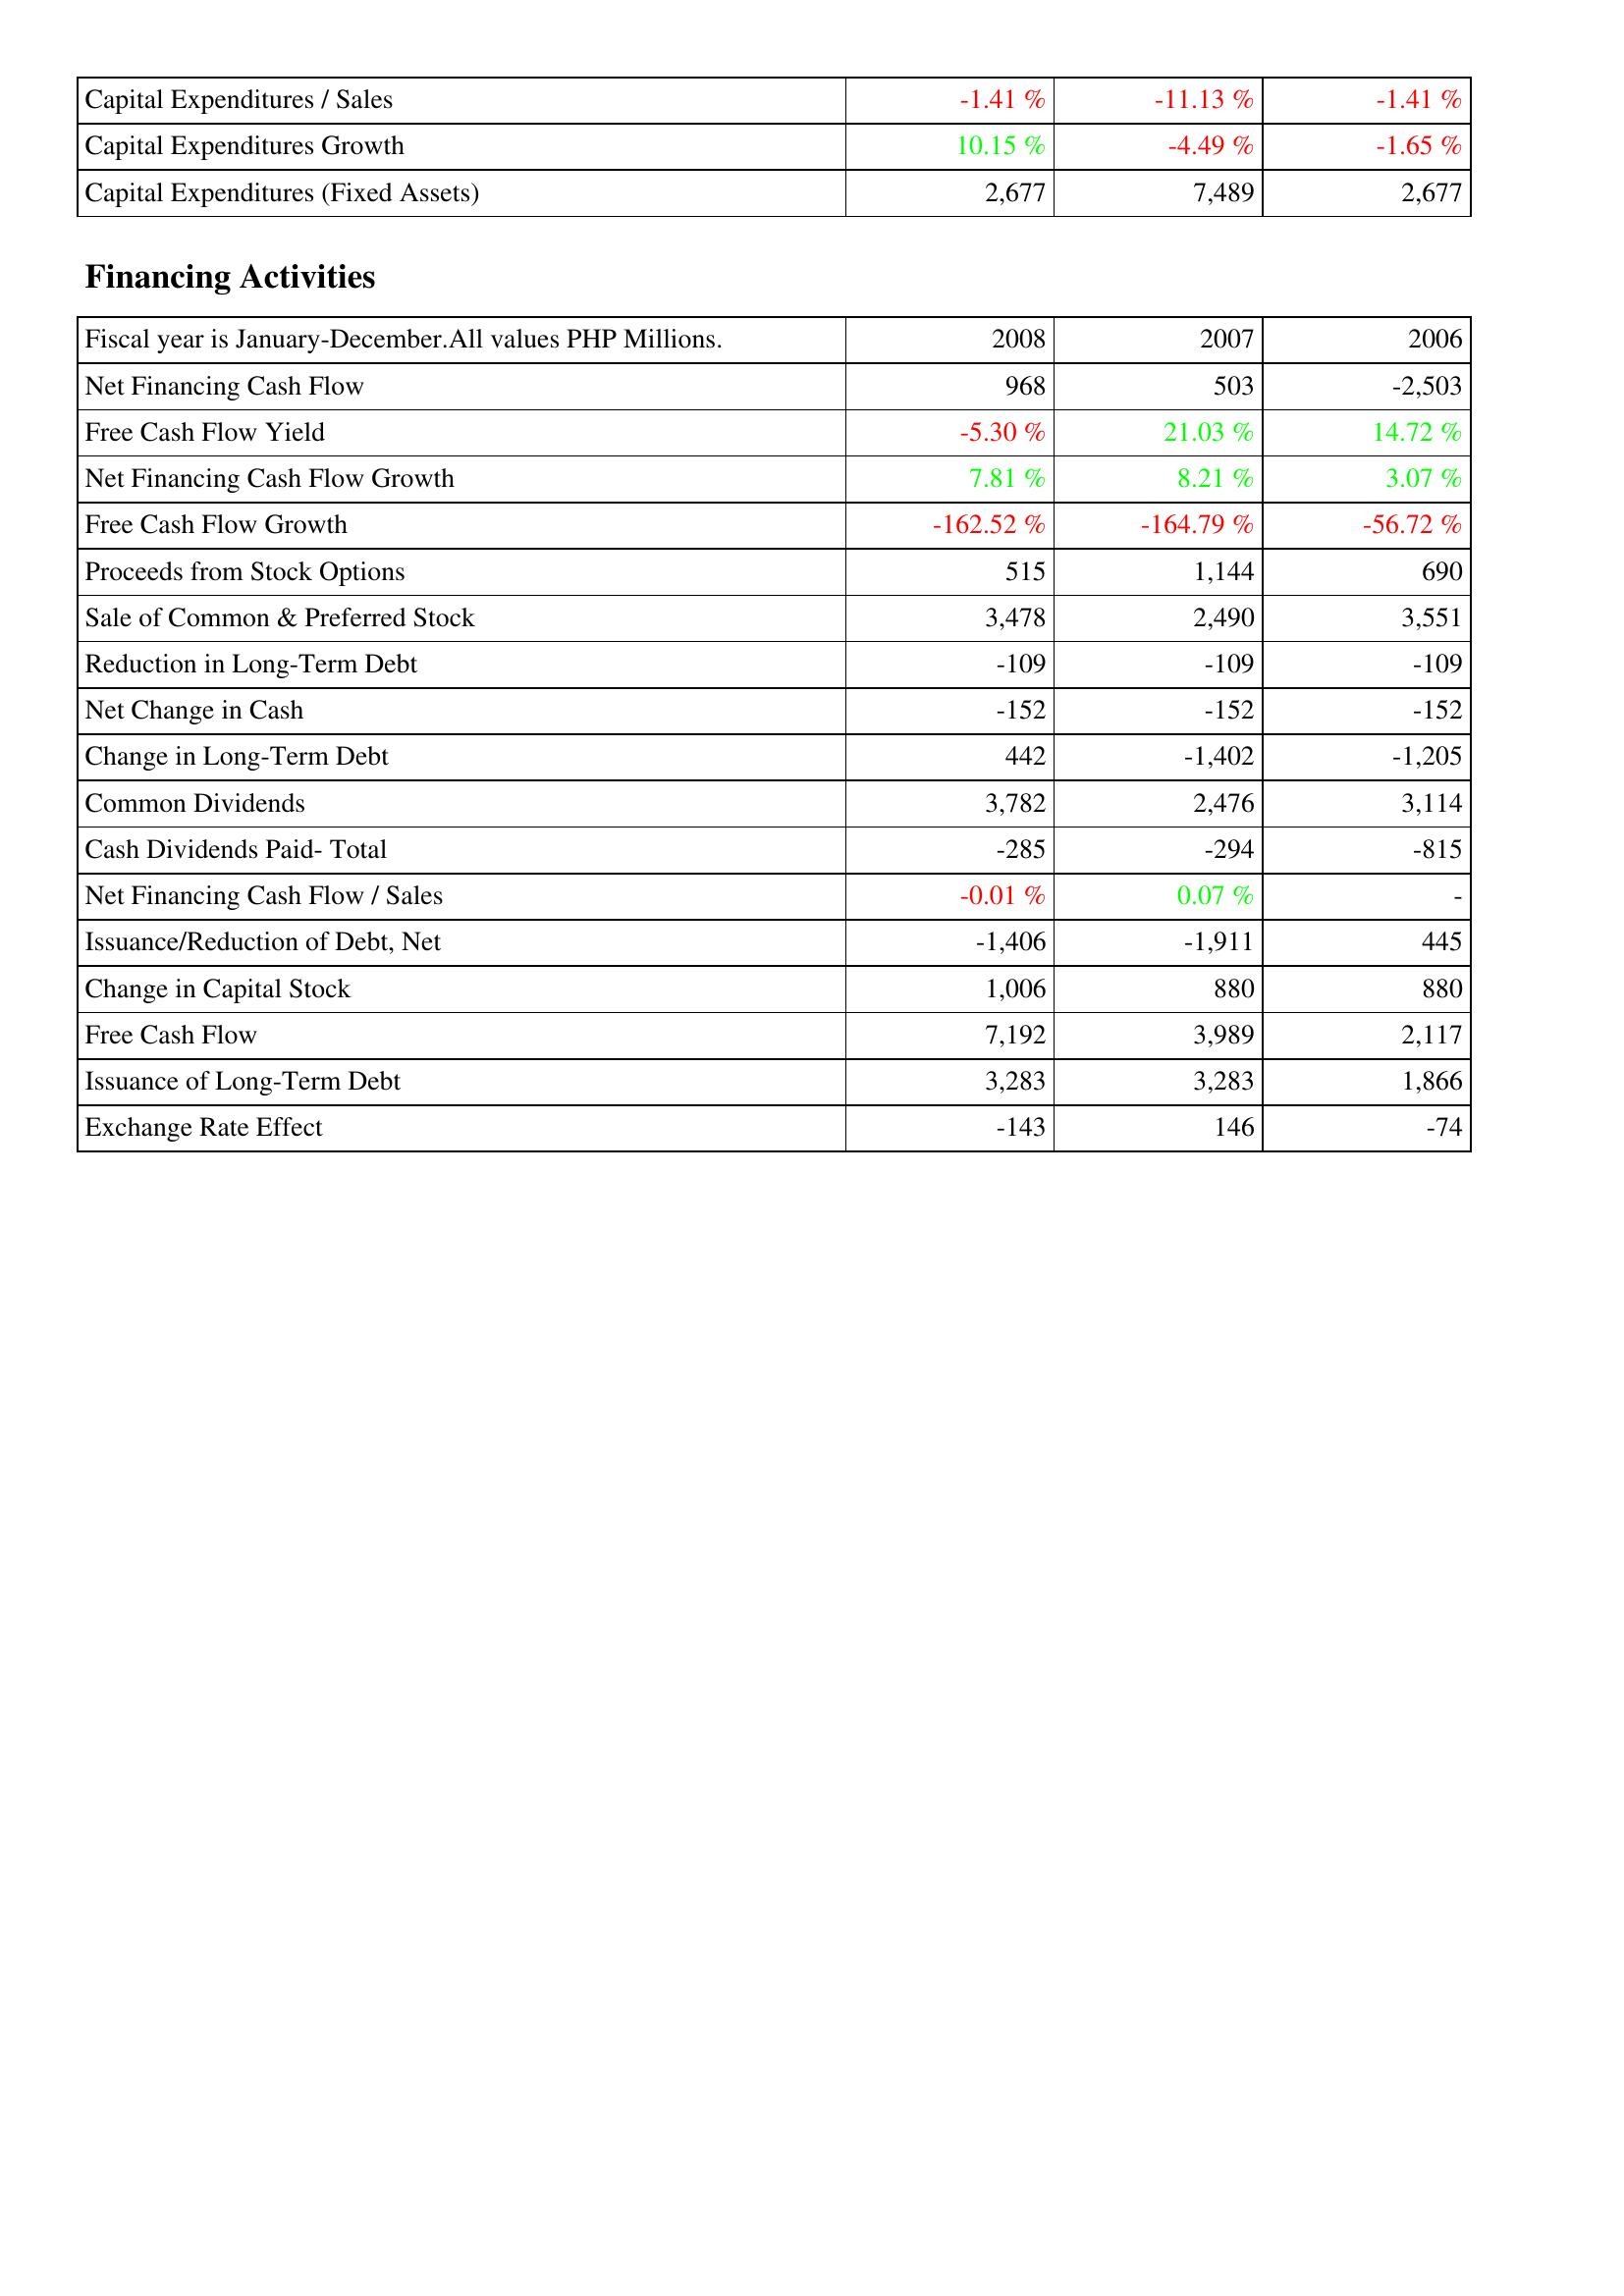
2008: Investing Activities: Capital Expenditures / Sales: -1.41 %
Capital Expenditures Growth: 10.15 %
Capital Expenditures (Fixed Assets): 2,677
Financing Activities: Net Financing Cash Flow: 968
Free Cash Flow Yield: -5.30 %
Net Financing Cash Flow Growth: 7.81 %
Free Cash Flow Growth: -162.52 %
Proceeds from Stock Options: 515
Sale of Common & Preferred Stock: 3,478
Reduction in Long-Term Debt: -109
Net Change in Cash: -152
Change in Long-Term Debt: 442
Common Dividends: 3,782
Cash Dividends Paid- Total: -285
Net Financing Cash Flow / Sales: -0.01 %
Issuance/Reduction of Debt, Net: -1,406
Change in Capital Stock: 1,006
Free Cash Flow: 7,192
Issuance of Long-Term Debt: 3,283
Exchange Rate Effect: -143
2007: Investing Activities: Capital Expenditures / Sales: -11.13 %
Capital Expenditures Growth: -4.49 %
Capital Expenditures (Fixed Assets): 7,489
Financing Activities: Net Financing Cash Flow: 503
Free Cash Flow Yield: 21.03 %
Net Financing Cash Flow Growth: 8.21 %
Free Cash Flow Growth: -164.79 %
Proceeds from Stock Options: 1,144
Sale of Common & Preferred Stock: 2,490
Reduction in Long-Term Debt: -109
Net Change in Cash: -152
Change in Long-Term Debt: -1,402
Common Dividends: 2,476
Cash Dividends Paid- Total: -294
Net Financing Cash Flow / Sales: 0.07 %
Issuance/Reduction of Debt, Net: -1,911
Change in Capital Stock: 880
Free Cash Flow: 3,989
Issuance of Long-Term Debt: 3,283
Exchange Rate Effect: 146
2006: Investing Activities: Capital Expenditures / Sales: -1.41 %
Capital Expenditures Growth: -1.65 %
Capital Expenditures (Fixed Assets): 2,677
Financing Activities: Net Financing Cash Flow: -2,503
Free Cash Flow Yield: 14.72 %
Net Financing Cash Flow Growth: 3.07 %
Free Cash Flow Growth: -56.72 %
Proceeds from Stock Options: 690
Sale of Common & Preferred Stock: 3,551
Reduction in Long-Term Debt: -109
Net Change in Cash: -152
Change in Long-Term Debt: -1,205
Common Dividends: 3,114
Cash Dividends Paid- Total: -815
Net Financing Cash Flow / Sales: -
Issuance/Reduction of Debt, Net: 445
Change in Capital Stock: 880
Free Cash Flow: 2,117
Issuance of Long-Term Debt: 1,866
Exchange Rate Effect: -74